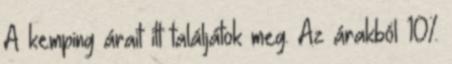
A kemping árait itt találjátok meg. Az árakból 10%